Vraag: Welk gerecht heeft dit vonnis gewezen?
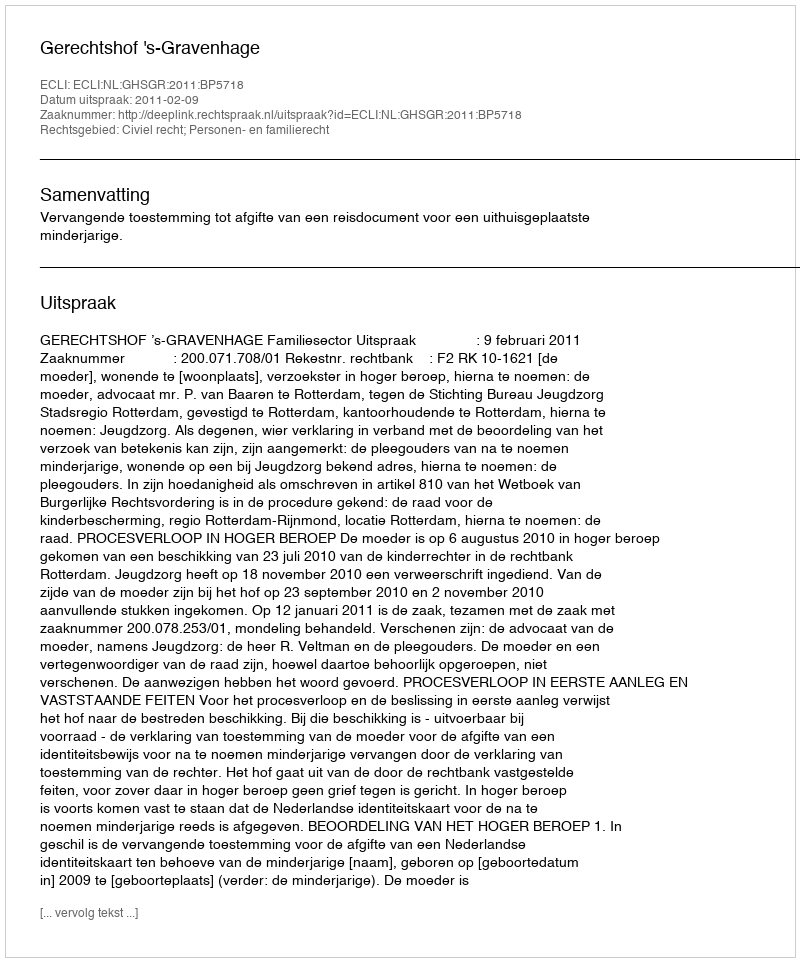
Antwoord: Gerechtshof 's-Gravenhage